Lunatic asylums Punjab 1868-1880 - 1868-1880
Year: 1868
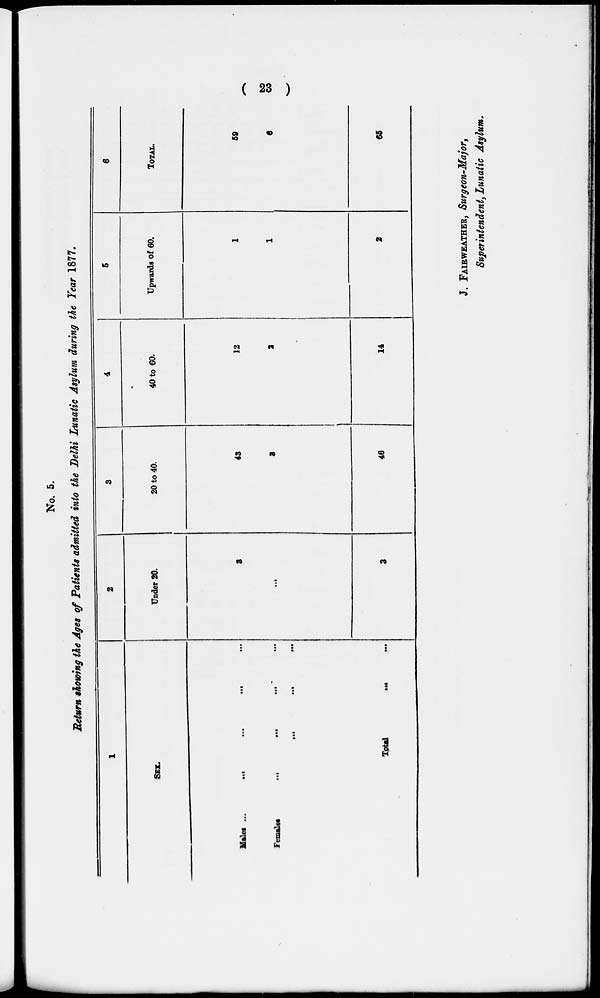
(23)
No. 5.
Return showing the Ages of Patients admitted into the Delhi Lunatic Asylum during the Year 1877.
1
SEX.
Males ...
...
...
...
Females ... ... ... ... ...
Total
...
...
2
Under 20.
3
...
3
3
20 to 40.
43
3
46
4
40 to 60.
12
2
14
5
Upwards of 60.
1
1
2
6
TOTAL.
59
6
65
J. FAIRWEATHER, Surgeon-Major,
Superintendent, Lunatic Asylum.